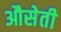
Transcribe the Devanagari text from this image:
औसेती